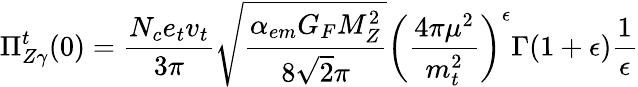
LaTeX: \Pi_{Z\gamma}^{t}(0)=\frac{N_{c}e_{t}v_{t}}{3\pi}\sqrt{\frac{\alpha_{em}G_{F}M_{Z}^{2}}{8\sqrt 2\pi}}\left(\frac{4\pi\mu^{2}}{m_{t}^{2}}\right)^{\epsilon}\Gamma(1+\epsilon)\frac{1}{\epsilon}